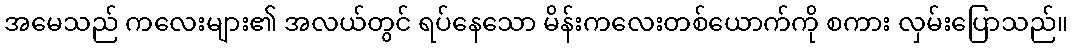
အမေသည် ကလေးများ၏ အလယ်တွင် ရပ်နေသော မိန်းကလေးတစ်ယောက်ကို စကား လှမ်းပြောသည်။